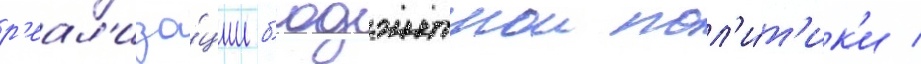
р'еал'иза́ции б'юджетнои пол'и́т'ик'и /